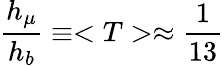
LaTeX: \frac{h_{\mu}}{h_{b}}\equiv<T>\approx\frac{1}{13}